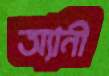
অ্যানী